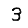
Digit: 3